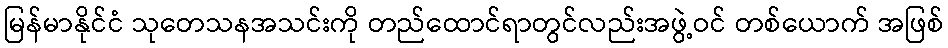
မြန်မာနိုင်ငံ သုတေသနအသင်းကို တည်ထောင်ရာတွင်လည်းအဖွဲ့ဝင် တစ်ယောက် အဖြစ်